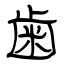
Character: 歯